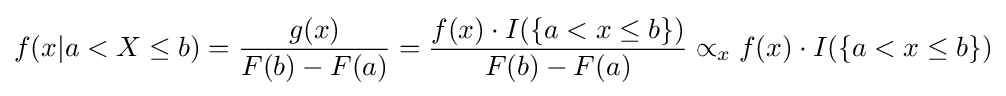
f(x|a<X\leq b)={\frac {g(x)}{F(b)-F(a)}}={\frac {f(x)\cdot I(\{a<x\leq b\})}{F(b)-F(a)}}\propto _{x}f(x)\cdot I(\{a<x\leq b\})